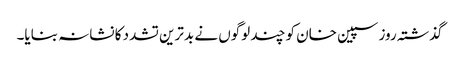
گذشتہ روز سپین خان کو چند لوگوں نے بدترین تشدد کا نشانہ بنایا۔